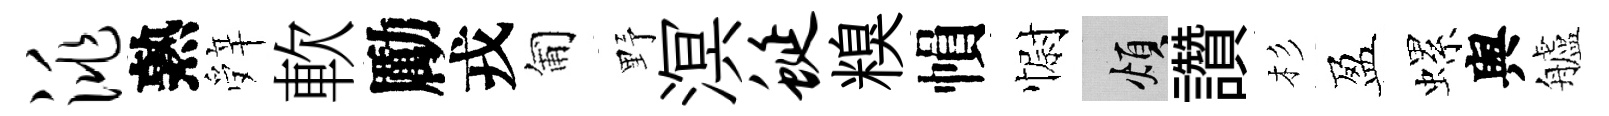
洮熟辤軟勵戎匍野溟蜒糗𢄙𢠢煩讚杉盈螺舆艫